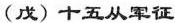
(戊)十五从军征